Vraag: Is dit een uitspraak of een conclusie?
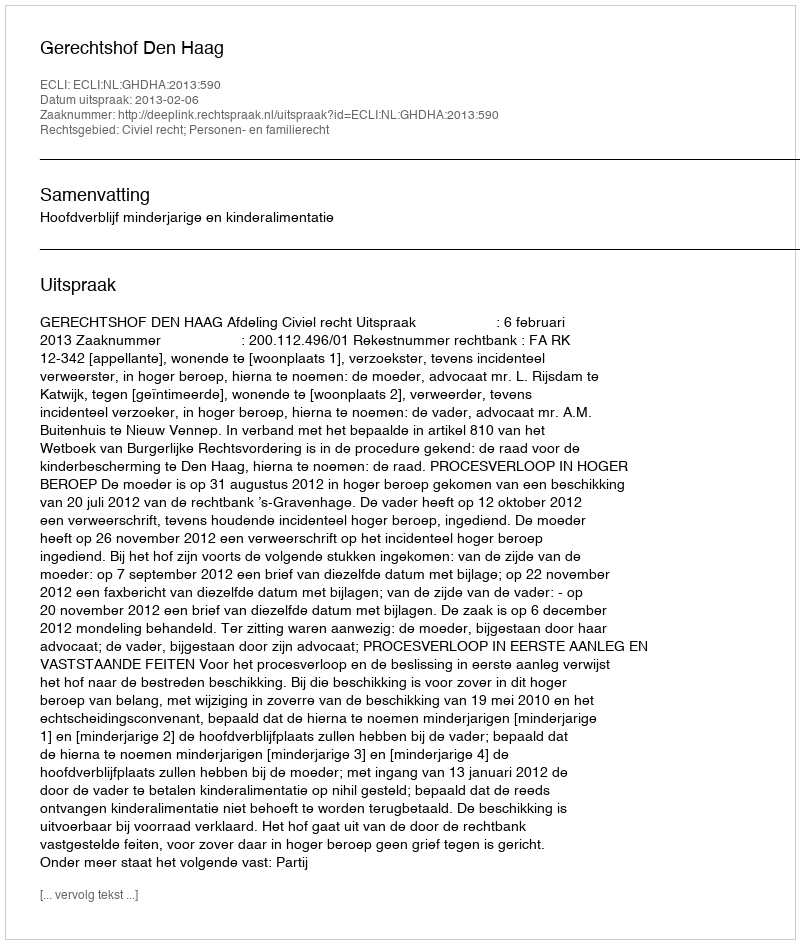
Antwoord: Uitspraak